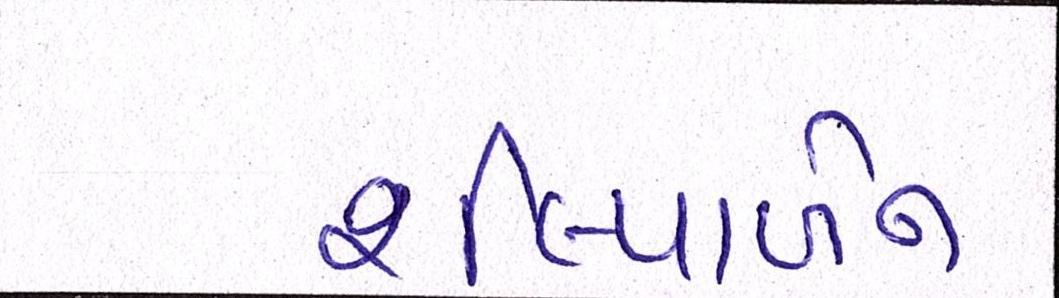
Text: શીલ્પાબેન